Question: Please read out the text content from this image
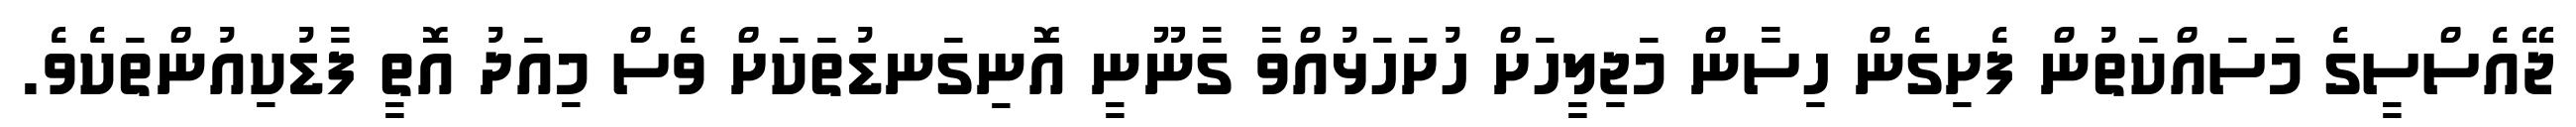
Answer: ޖޭއެސްސީގެ މަސައްކަތުން ފެށިގެން ހިސާން މަޖިލީހަށް ހުށަހަޅުއްވާ ގާނޫނީ އޮނިގަނޑުތަކަށް ވެސް މިއަދު އޮތީ ފާޑުކިއުންތަކެވެ.